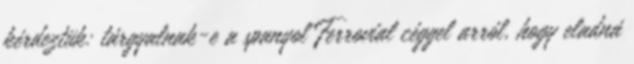
kérdeztük: tárgyalnak-e a spanyol Ferrovial céggel arról, hogy eladná